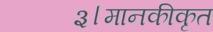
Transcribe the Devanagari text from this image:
३।मानकीकृत